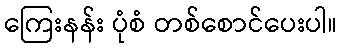
ကြေးနန်း ပုံစံ တစ်စောင်ပေးပါ။